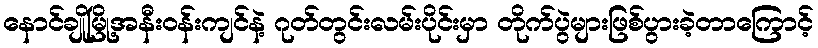
နောင်ချိုမြို့အနီးဝန်းကျင်နဲ့ ဂုတ်တွင်းလမ်းပိုင်းမှာ တိုက်ပွဲများဖြစ်ပွားခဲ့တာကြောင့်